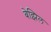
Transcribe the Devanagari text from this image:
बेझिल